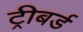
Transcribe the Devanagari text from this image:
ट्रीबर्ड